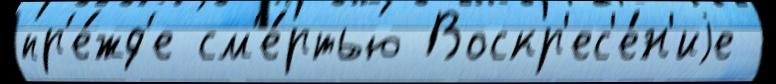
пр'е́жд'е см'е́ртью Воскр'ес'е́н'иjе